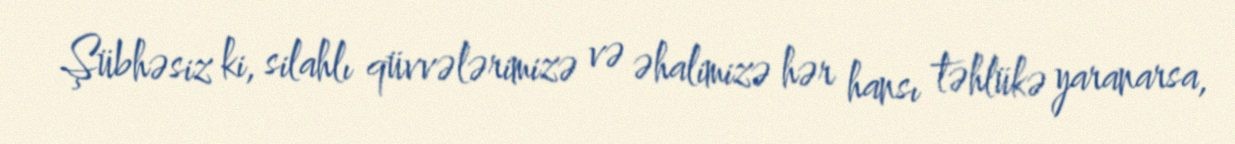
Şübhəsiz ki, silahlı qüvvələrimizə və əhalimizə hər hansı təhlükə yaranarsa,